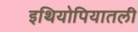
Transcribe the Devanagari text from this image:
इथियोपियातली